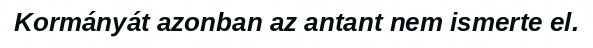
Kormányát azonban az antant nem ismerte el.